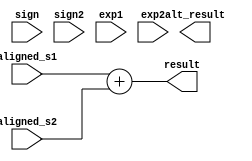
`timescale 1ns / 1ps
//////////////////////////////////////////////////////////////////////////////////
// Company: 
// Engineer: 
// 
// Design Name: 
// Module Name: add
// Project Name: 
// Target Devices: 
// Tool Versions: 
// Description: 
// 
// Dependencies: 
// 
// Revision:
// Revision 0.01 - File Created
// Additional Comments:
// 
//////////////////////////////////////////////////////////////////////////////////


module add(
input sign,sign2,
input [9:0] aligned_s1,aligned_s2,
input [7:0] exp1,exp2,
output [10:0] result,alt_result

);

wire [10:0] long_s,long_s2,inv_s1,inv_s2;
wire [10:0] carry1,carry2;

assign inv_s1=~aligned_s1;
assign inv_s2=~aligned_s2;

assign result= aligned_s1+aligned_s2;
endmodule